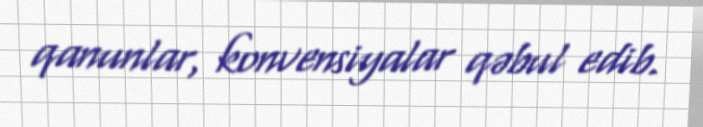
qanunlar, konvensiyalar qəbul edib.